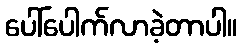
ပေါ်ပေါက်လာခဲ့တာပါ။